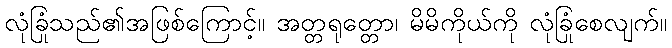
လုံခြုံသည်၏အဖြစ်ကြောင့်။ အတ္တရုတ္တော၊ မိမိကိုယ်ကို လုံခြုံစေလျက်။